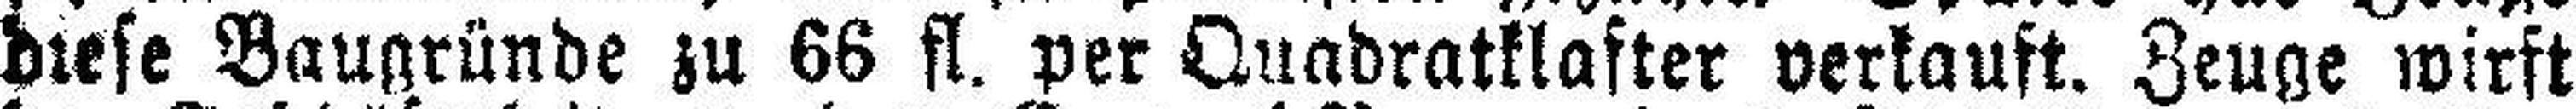
diese Baugründe zu 66 fl. per Quadratklafter verkauft. Zeuge wirft